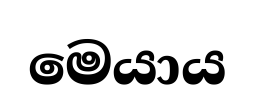
මෙයාය